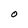
Character: O